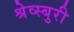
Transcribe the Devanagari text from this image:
श्रेव्स्बुरी